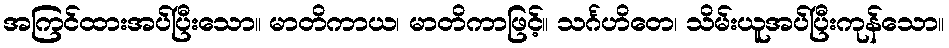
အကြင်ထားအပ်ပြီးသော။ မာတိကာယ၊ မာတိကာဖြင့်။ သင်္ဂဟိတေ၊ သိမ်းယူအပ်ပြီးကုန်သော။